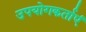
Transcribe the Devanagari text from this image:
उपयोगकर्ताएं